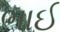
ભાઈ